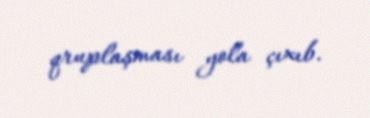
qruplaşması yola çıxıb.